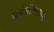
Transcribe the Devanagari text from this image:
आईसीएचएम